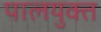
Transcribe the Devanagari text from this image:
पालयुक्त